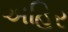
અહિર